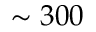
\sim 3 0 0